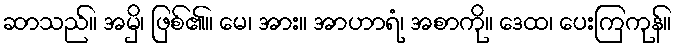
ဆာသည်။ အမှိ၊ ဖြစ်၏။ မေ၊ အား။ အာဟာရံ၊ အစာကို။ ဒေထ၊ ပေးကြကုန်။